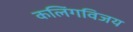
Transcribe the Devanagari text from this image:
कलिंगविजय